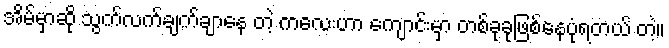
အိမ်မှာဆို သွက်လက်ချက်ချာနေ တဲ့ ကလေးဟာ ကျောင်းမှာ တစ်ခုခုဖြစ်နေပုံရတယ် တဲ့။